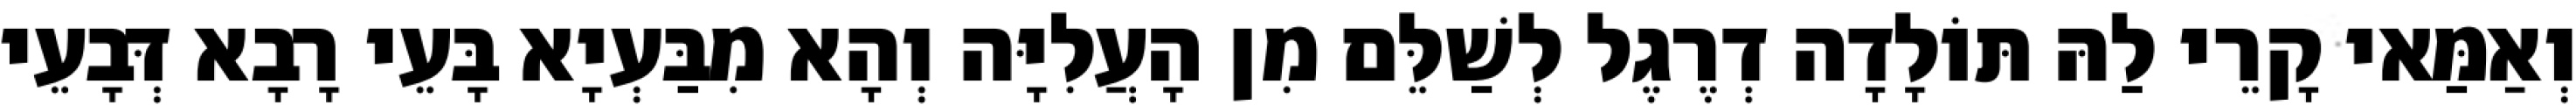
וְאַמַּאי קָרֵי לַהּ תּוֹלָדָה דְרֶגֶל לְשַׁלֵּם מִן הָעֲלִיָּה וְהָא מִבַּעְיָא בָּעֵי רָבָא דְּבָעֵי